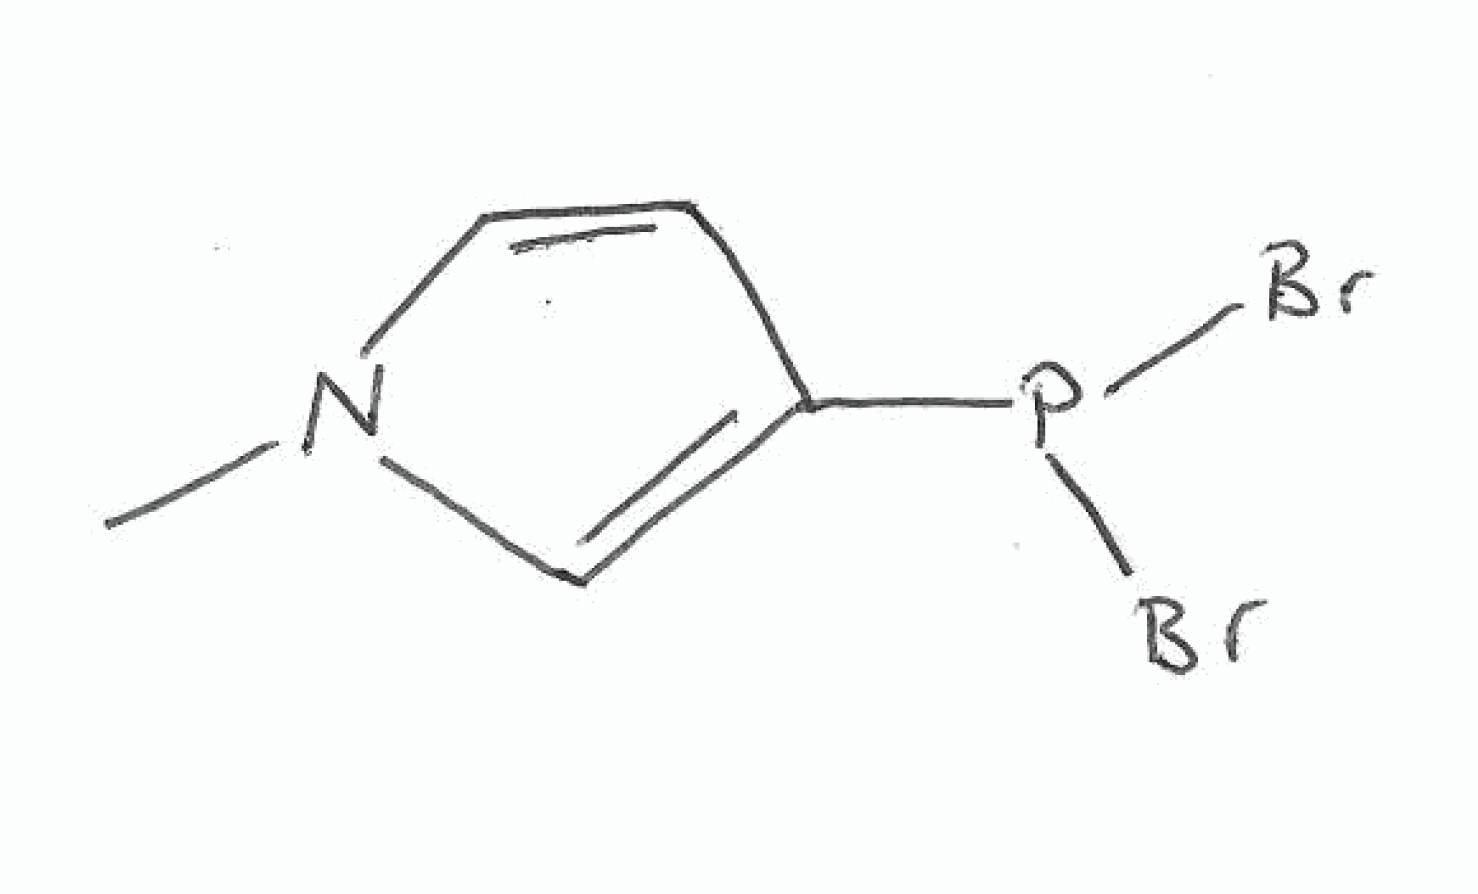
Simplified molecular-input line-entry system (SMILES) notation of the given molecule:
CN1C=CC(=C1)P(Br)Br